Annual administration report of the Bombay Presidency - 1887-1892
Year: 1887
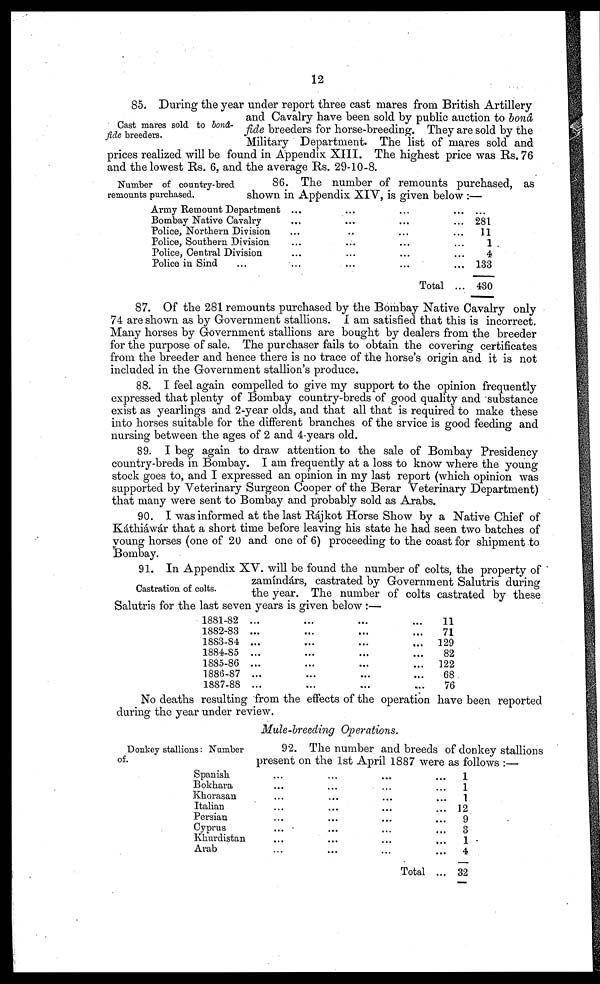
12
Cast mares sold to bonâ-
fide breeders.
85. During the year under report three cast mares from British Artillery
and Cavalry have been sold by public auction to bonâ
fide breeders for horse-breeding. They are sold by the
Military Department. The list of mares sold and
prices realized will be found in Appendix XIII. The highest price was Rs. 76
and the lowest Rs. 6, and the average Rs. 29-10-8.
Number of country-bred
remounts purchased.
86. The number of remounts purchased, as
shown in Appendix XIV, is given below :—
Army Remount Department ... ... ... ... ...
Bombay Native Cavalry ... ... ... ... ...
Police, Northern Division ... ... ... ... ...
Police, Southern Division ... ... ... ... ...
Police, Central Division ... ... ... ... ...
Police in Sind ... ... ... ... ... ...
Total ...
...
281
11
1
4
133
430
87. Of the 281 remounts purchased by the Bombay Native Cavalry only
74 are shown as by Government stallions. I am satisfied that this is incorrect.
Many horses by Government stallions are bought by dealers from the breeder
for the purpose of sale. The purchaser fails to obtain the covering certificates
from the breeder and hence there is no trace of the horse's origin and it is not
included in the Government stallion's produce.
88. I feel again compelled to give my support to the opinion frequently
expressed that plenty of Bombay country-breds of good quality and substance
exist as yearlings and 2-year olds, and that all that is required to make these
into horses suitable for the different branches of the srvice is good feeding and
nursing between the ages of 2 and 4-years old.
89. I beg again to draw attention to the sale of Bombay Presidency
country-breds in Bombay. I am frequently at a loss to know where the young
stock goes to, and I expressed an opinion in my last report (which opinion was
supported by Veterinary Surgeon Cooper of the Berar Veterinary Department)
that many were sent to Bombay and probably sold as Arabs.
90. I was informed at the last Rájkot Horse Show by a Native Chief of
Káthiáwár that a short time before leaving his state he had seen two batches of
young horses (one of 20 and one of 6) proceeding to the coast for shipment to
Bombay.
Castration of colts.
91. In Appendix XV. will be found the number of colts, the property of
zamíndárs, castrated by Government Salutris during
the year. The number of colts castrated by these
Salutris for the last seven years is given below :—
1881-82 ...
...
...
...
1882-83...
...
...
...
1883-84 ... ... ... ...
1884-85 ... ... ... ...
1885-86 ... ... ... ...
1886-87 ... ... ... ...
1887-88 ... ... ... ...
11
71
129
82
122
68
76
No deaths resulting from the effects of the operation have been reported
during the year under review.
Mule-breeding Operations.
Donkey stallions: Number
of.
92. The number and breeds of donkey stallions
present on the 1st April 1887 were as follows :—
Spanish ... ... ... ...
Bokhara ... ... ... ...
Khorasan ... ... ... ...
Italian ... ... ... ...
Persian ... ... ... ...
Cyprus ... ... ... ...
Khurdistan ... ... ... ...
Arab ... ... ... ...
Total...
1
1
1
12
9
3
1
4
32